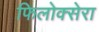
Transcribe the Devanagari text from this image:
फिलोक्सेरा